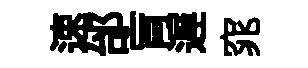
速邰肓遅窕